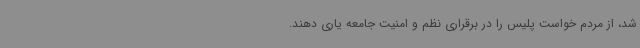
شد، از مردم خواست پلیس را در برقراری نظم و امنیت جامعه یاری دهند.